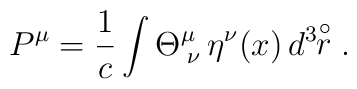
P^{\mu} = \frac{1}{c} \int \Theta^\mu_{\;\nu}\,\eta^{\nu}(x)\,d^3\!\!\stackrel{\circ}{r}.